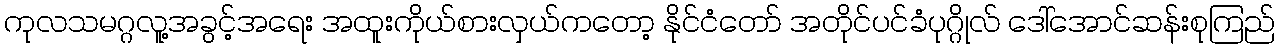
ကုလသမဂ္ဂလူ့အခွင့်အရေး အထူးကိုယ်စားလှယ်ကတော့ နိုင်ငံတော် အတိုင်ပင်ခံပုဂ္ဂိုလ် ဒေါ်အောင်ဆန်းစုကြည်